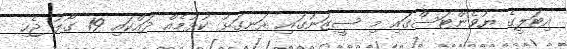
އިޓަލީގެ ޔުވެންޓަސްގައި މި ސީޒަނުގައި ރަނގަޅު ކުޅުމެއް ދައްކައި 19 ގޯލު ޖެހި